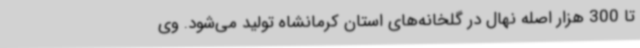
تا 300 هزار اصله نهال در گلخانه‌های استان کرمانشاه تولید می‌شود. وی